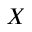
X